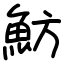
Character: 魴